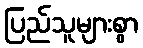
ပြည်သူများစွာ